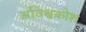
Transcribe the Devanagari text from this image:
अविश्वकोश